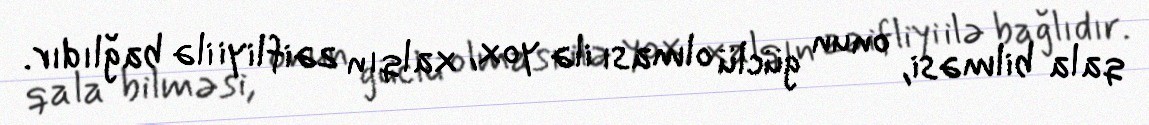
qala bilməsi, onun güclü olması ilə yox, xalqın zəifliyi ilə bağlıdır.